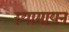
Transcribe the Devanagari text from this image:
स्यामायन